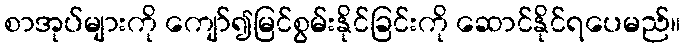
စာအုပ်များကို ကျော်၍မြင်စွမ်းနိုင်ခြင်းကို ဆောင်နိုင်ရပေမည်။